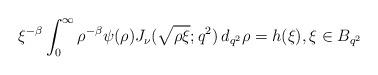
LaTeX: \begin{align*}\xi^{-\beta} \int_0^\infty \rho^{-\beta} \psi (\rho) J_\nu (\sqrt{\rho \xi}; q^2) \,d_{q^2}\rho= h (\xi), \xi\in B_{q^2}\end{align*}